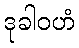
ဒုခါဝဟံ